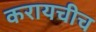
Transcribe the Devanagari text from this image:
करायचीच